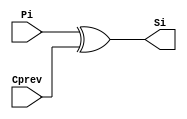
`timescale 1ns / 1ps
//////////////////////////////////////////////////////////////////////////////////
// Company: 
// Engineer: 
// 
// Design Name: 
// Module Name:    triangle 
// Project Name: 
// Target Devices: 
// Tool versions: 
// Description: 
//
// Dependencies: 
//
// Revision: 
// Revision 0.01 - File Created
// Additional Comments: 
//
//////////////////////////////////////////////////////////////////////////////////
module triangle(
    input Pi,
    input Cprev,
    output Si
);
	
	xor xor0 (Si, Pi, Cprev);
	
endmodule